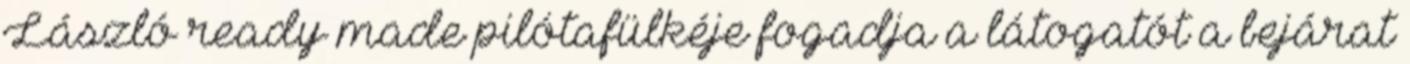
László ready made pilótafülkéje fogadja a látogatót a bejárat